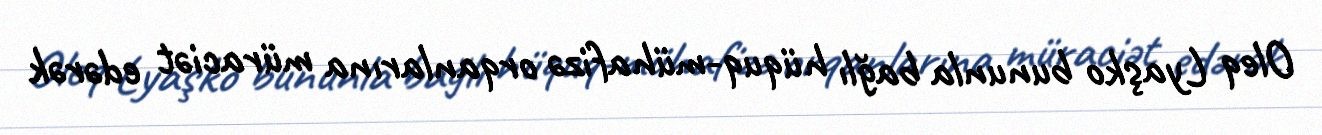
Oleq Lyaşko bununla bağlı hüquq-mühafizə orqanlarına müraciət edərək